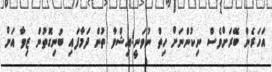
އަހަރެން ބޭރަށްވެސް ނިކުންނަށް ހިތް ނުވަނީ!އިޝްވާ ތުން ދަމާފައި ބުނިގޮތުން ޒިވާ އަށް